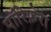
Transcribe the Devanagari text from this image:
पॉरिफ़ेरा